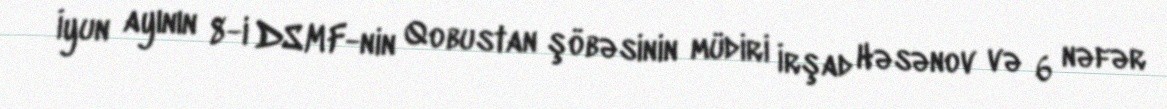
İyun ayının 8-i DSMF-nin Qobustan şöbəsinin müdiri İrşad Həsənov və 6 nəfər